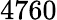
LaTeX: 4760